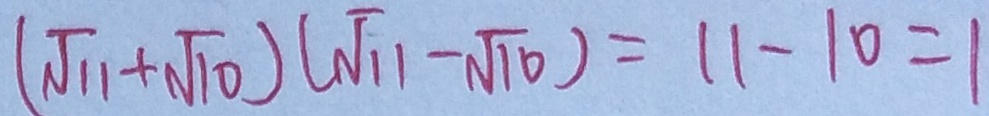
( \sqrt { 1 1 } + \sqrt { 1 0 } ) ( \sqrt { 1 1 } - \sqrt { 1 0 } ) = 1 1 - 1 0 = 1